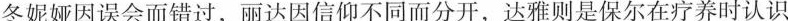
冬妮娅因误会而错过，丽达因信仰不同而分开，达雅则是保尔在疗养时认识